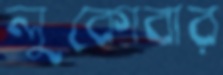
লুকোবার